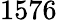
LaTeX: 1576